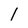
Character: 1